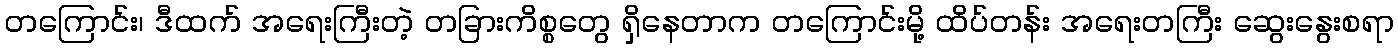
တကြောင်း၊ ဒီထက် အရေးကြီးတဲ့ တခြားကိစ္စတွေ ရှိနေတာက တကြောင်းမို့ ထိပ်တန်း အရေးတကြီး ဆွေးနွေးစရာ